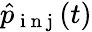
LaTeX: \hat{p}_{\mathrm{~i~n~j~}}(t)